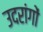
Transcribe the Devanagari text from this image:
उदरांगों